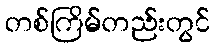
တစ်ကြိမ်တည်းတွင်